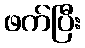
ဖက်ပြီး